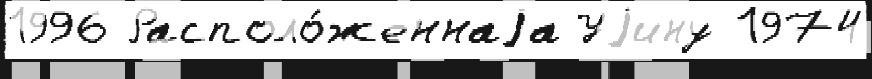
1996 Располо́женнаjа Уjину 1974